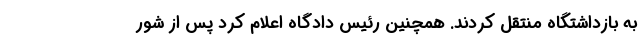
به بازداشتگاه منتقل کردند. همچنین رئیس دادگاه اعلام کرد پس از شور